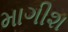
માગીશ